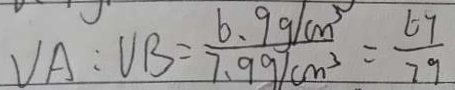
V A : V B = \frac { 6 . 9 g / c m ^ { 3 } } { 7 . 9 g / c m ^ { 3 } } = \frac { 6 7 } { 7 9 }